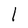
Character: 1